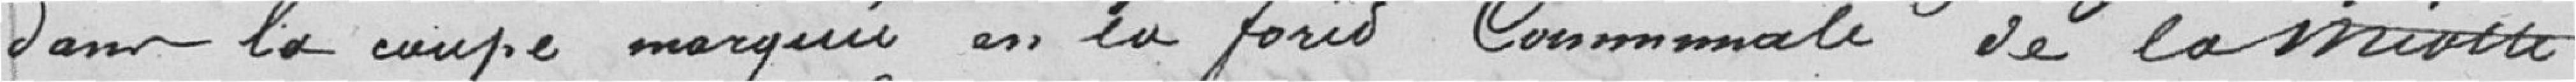
dans la coupe marquée en la forêt communale de la Miotte